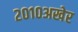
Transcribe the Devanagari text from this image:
२०१०अखेर